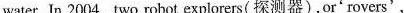
water. In 2004, two robot explorers (探测器), or 'rovers',